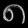
Digit: ၈